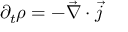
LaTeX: \partial _ { t } \rho = - { \vec { \nabla } } \cdot { \vec { j } }